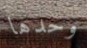
وحدها